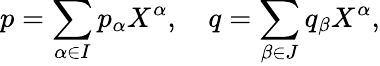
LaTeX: p=\sum_{\alpha\in I}p_{\alpha}X^{\alpha},\quad q=\sum_{\beta\in J}q_{\beta}X^{\alpha},